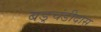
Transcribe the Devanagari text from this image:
बडुचंडीदास